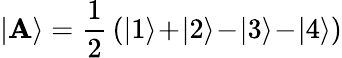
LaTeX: |\mathbf{A}\rangle=\frac{{1}}{{2}}\, (|1\rangle\! +\! |2\rangle\! -\! |3\rangle\! -\! |4\rangle)